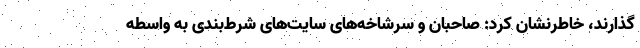
‌گذارند، خاطرنشان کرد: صاحبان و سرشاخه‌های سایت‌های شرط‌بندی به واسطه